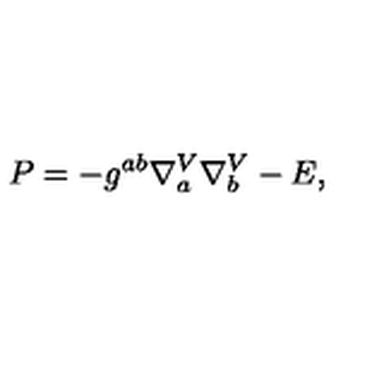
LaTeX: P = - g ^ { a b } \nabla _ { a } ^ { V } \nabla _ { b } ^ { V } - E ,